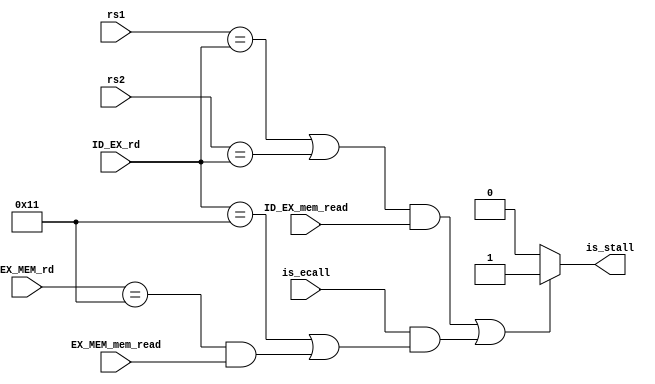
module HazardDetectionUnit(
    rs1,
    rs2,
    ID_EX_rd,
    EX_MEM_rd,
    ID_EX_mem_read,
    EX_MEM_mem_read,
    is_ecall,
    is_stall
);

    input [4:0] rs1;
    input [4:0] rs2;
    input [4:0] ID_EX_rd;
    input [4:0] EX_MEM_rd;
    input ID_EX_mem_read;
    input EX_MEM_mem_read;
    input is_ecall;

    reg is_load_hazard;
    reg is_ecall_hazard;

    output reg is_stall;

    always @(*) begin
        
        is_load_hazard = (rs1 == ID_EX_rd || rs2 == ID_EX_rd) && ID_EX_mem_read;
        is_ecall_hazard = is_ecall && (ID_EX_rd == 17 || (EX_MEM_rd == 17 && EX_MEM_mem_read));

        is_stall = is_load_hazard || is_ecall_hazard ? 1 : 0;
    end

endmodule